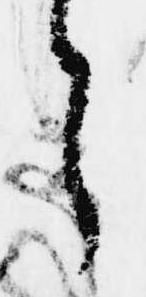
ら